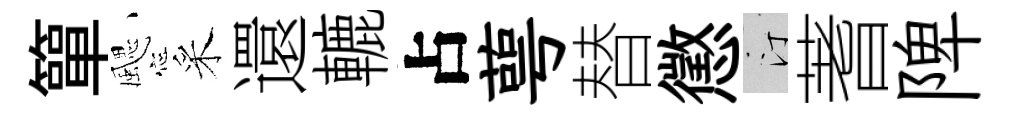
簞颸采還轆占萼替懲汀蓍陴